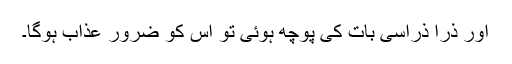
اور ذرا ذراسی بات کی پوچھ ہوئی تو اس کو ضرور عذاب ہوگا۔